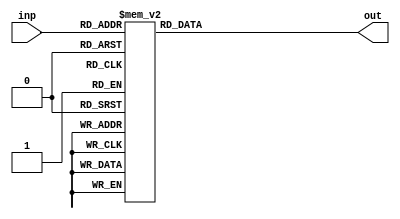
`timescale 1ns / 1ps
//////////////////////////////////////////////////////////////////////////////////
// Company: 
// Engineer: 
// 
// Design Name: 
// Module Name: seven_segment_led
// Project Name: 
// Target Devices: 
// Tool Versions: 
// Description: 
// 
// Dependencies: 
// 
// Revision:
// Revision 0.01 - File Created
// Additional Comments:
// 
//////////////////////////////////////////////////////////////////////////////////


module seven_segment_led(
    inp, out
    );
    input [3:0] inp;
    output reg [6:0] out;
    always @ (inp) begin
    case (inp)
    4'b0000 : out = 7'b0111111;
    4'b0001 : out = 7'b0000110;
    4'b0010 : out = 7'b1011011;
    4'b0011 : out = 7'b1001111;
    4'b0100 : out =  7'b1100110;
    4'b0101 : out =  7'b1011011;
    4'b0110 : out =  7'b1111101;
    4'b0111 : out =  7'b0000111;
    4'b1000 : out =  7'b1111111;
    4'b1001 : out =  7'b1101111;
    default : out = 7'b1111111;
    endcase          
    end
endmodule